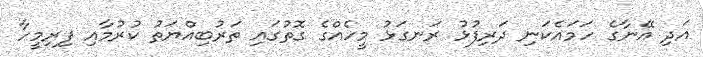
އަދި އޭނާގެ ހަމައެކަނި ދަރިފުޅު ރަނގަޅު މީހެއްގެ ގޮތުގައި ތަރުބިއްޔަތު ކުރުމާއި ފިރިމީހާ